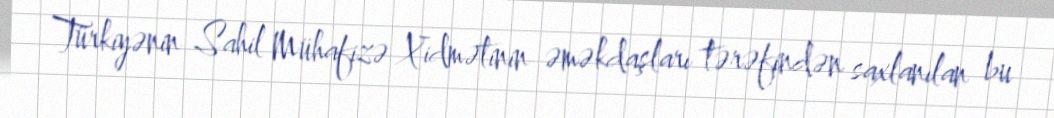
Türkiyənin Sahil Mühafizə Xidmətinin əməkdaşları tərəfindən saxlanılan bu